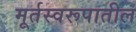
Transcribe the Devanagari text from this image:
मूर्तस्वरूपातील